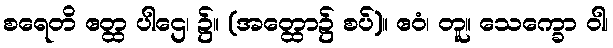
စရေတိ ဧတ္ထ ပါဌေ၊ ၌။ (အတ္ထော၌ စပ်)။ ဧဝံ၊ တူ။ သေက္ခော ဝါ၊